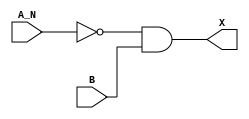
module sky130_fd_sc_hd__and2b (
    X  ,
    A_N,
    B
);

    // Module ports
    output X  ;
    input  A_N;
    input  B  ;

    // Module supplies
    supply1 VPWR;
    supply0 VGND;
    supply1 VPB ;
    supply0 VNB ;

    // Local signals
    wire not0_out  ;
    wire and0_out_X;

    //  Name  Output      Other arguments
    not not0 (not0_out  , A_N            );
    and and0 (and0_out_X, not0_out, B    );
    buf buf0 (X         , and0_out_X     );

endmodule